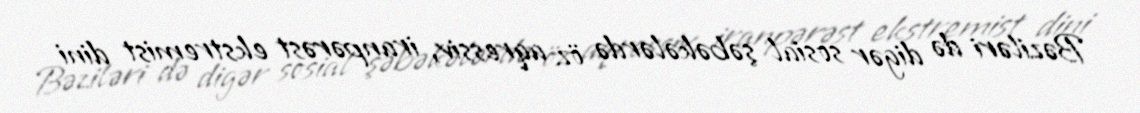
Bəziləri də digər sosial şəbəkələrdə öz aqressiv, iranpərəst ekstremist dini